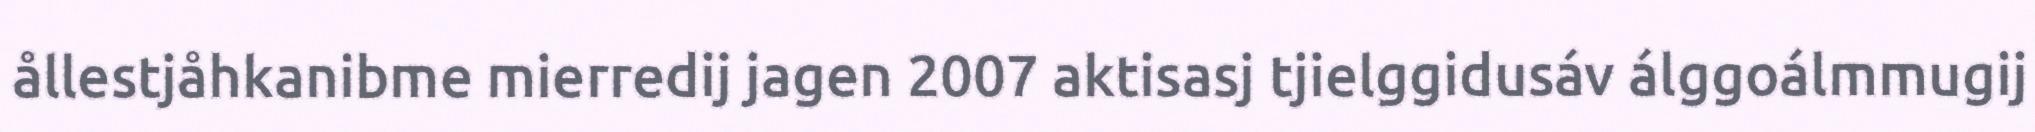
ållestjåhkanibme mierredij jagen 2007 aktisasj tjielggidusáv álggoálmmugij